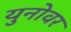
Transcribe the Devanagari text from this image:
युनोवर